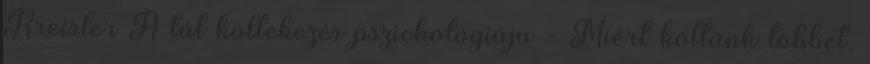
Kreisler A túl költekezés pszichológiája - Miért költünk többet,